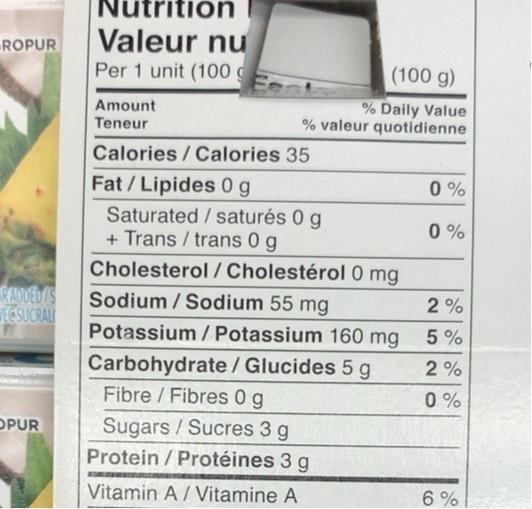
Nutrition
Valeur nu Per 1 unit (100
ROPUR
(100 g)
Amount Teneur
% Daily Value % valeur quotidienne
Calories / Calories 35
Fat /Lipides 0 g
0 %
Saturated / saturés 0 g + Trans / trans 0 g
0 %
Cholesterol /Cholestérol 0 mg
RADDELS ECSUCRALI
Sodium / Sodium 55 mg
2 %
Potassium / Potassium 160 mg
5 %
Carbohydrate/ Glucides 5 g Fibre / Fibres 0 g
2 %
0 %
Sugars / Sucres 3 g Protein / Protéines 3 g
OPUR
Vitamin A / Vitamine A
6 %